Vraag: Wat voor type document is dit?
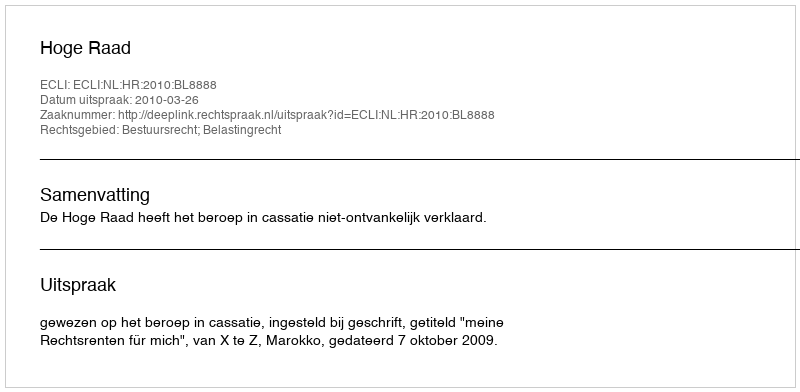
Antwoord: Uitspraak